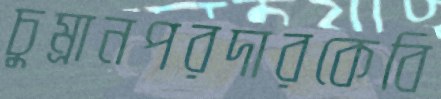
চুম্‌রানপরদারকেবি